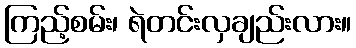
ကြည့်စမ်း၊ ရဲတင်းလှချည်းလား။